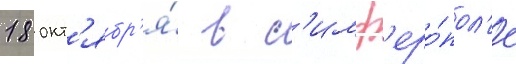
18 окт'ябр'я́ в с'имф'еро́пол'е